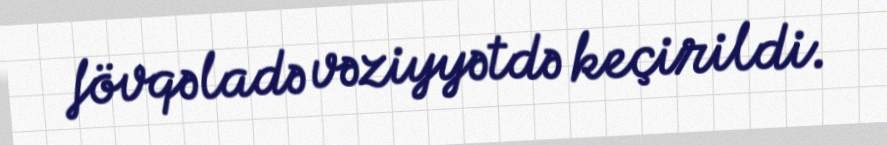
fövqəladə vəziyyətdə keçirildi.